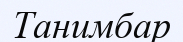
Танимбар